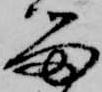
留